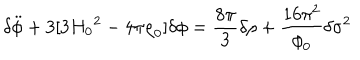
{ \delta } \ddot { \phi } + 3 [ 3 { H _ { 0 } } ^ { 2 } - 4 { \pi } { \rho } _ { 0 } ] { \delta } { \phi } = \frac { 8 { \pi } } { 3 } { \delta } { \rho } + \frac { 1 6 { \pi } ^ { 2 } } { { \phi } _ { 0 } } { \delta } { { \sigma } ^ { 2 } }